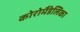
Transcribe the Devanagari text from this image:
कोरोमैंडेलिका